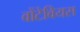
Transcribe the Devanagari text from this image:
वोंटेवियस